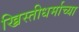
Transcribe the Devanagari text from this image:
ख्रिस्तीधर्माच्या